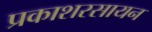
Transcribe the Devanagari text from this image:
प्रकाशरसायन